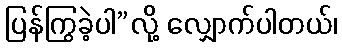
ပြန်ကြွခဲ့ပါ”လို့ လျှောက်ပါတယ်၊